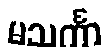
မသင်္ကာ